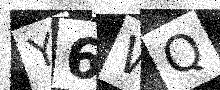
Text: Y6WQ